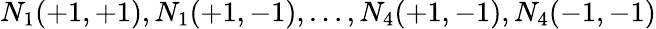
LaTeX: N_{1}(+1,+1),N_{1}(+1,-1),\ldots,N_{4}(+1,-1),N_{4}(-1,-1)